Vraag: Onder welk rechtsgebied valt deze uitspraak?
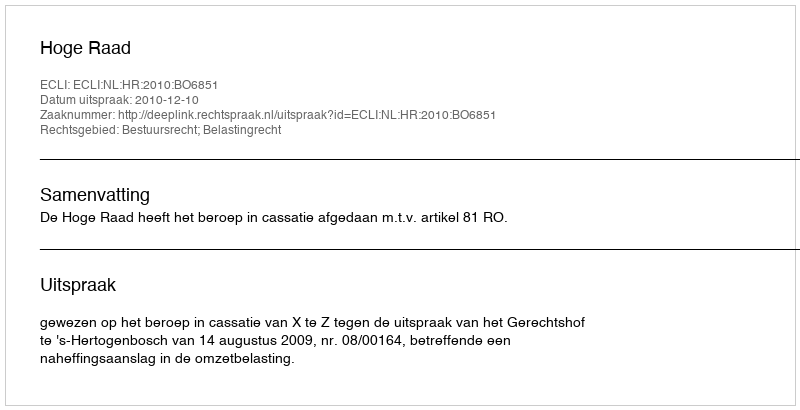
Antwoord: Bestuursrecht; Belastingrecht